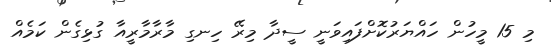
މި 15 މީހުން ހައްޔަރުކޮށްފައިވަނީ ސީދާ މިރޭ ހިނގި މާރާމާރީއާ ގުޅިގެން ކަމެއް